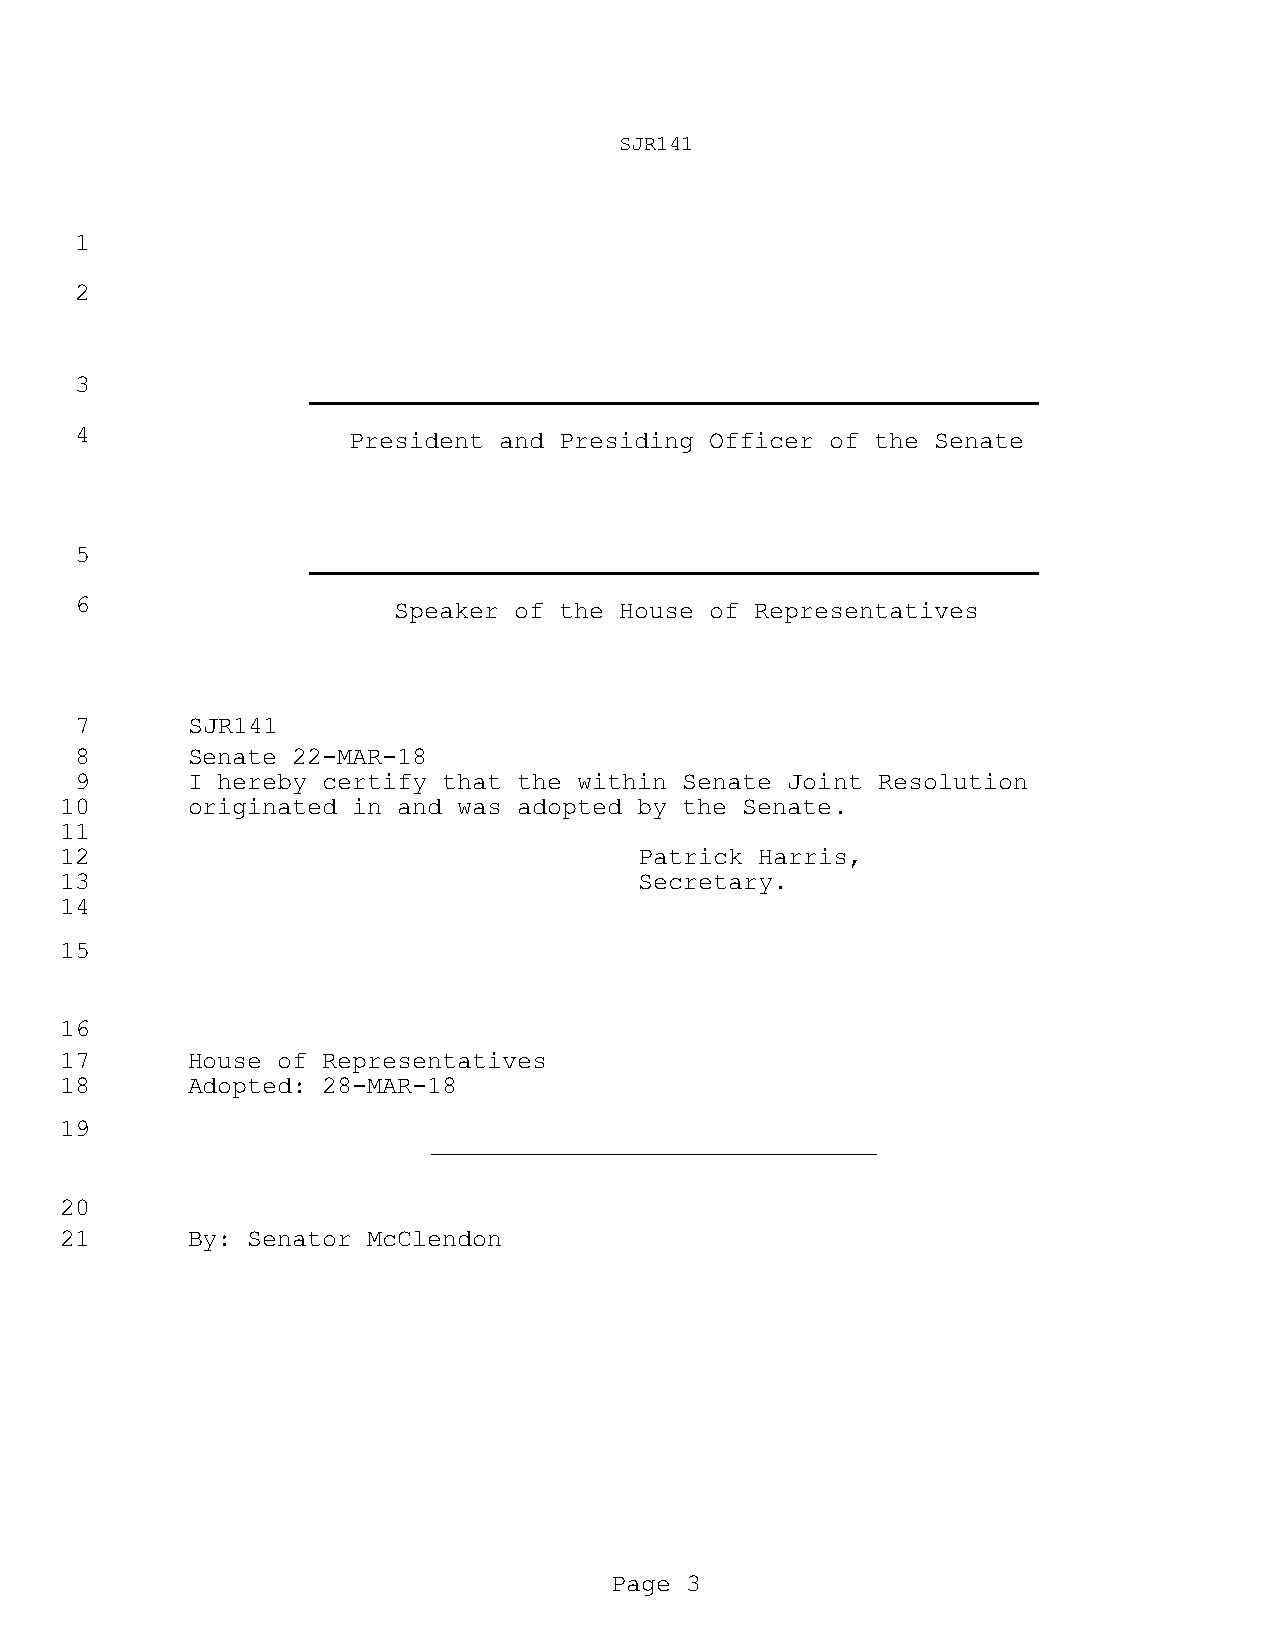
SJR141
 1
 2
 3
 4                 President and Presiding Officer of the Senate
 5
 6                    Speaker of the House of Representatives
 7      SJR141
 8      Senate 22-MAR-18
 9      I hereby certify that the within Senate Joint Resolution
 10      originated in and was adopted by the Senate.
 11
 12                                    Patrick Harris,
 13                                    Secretary.
 14
 15
 16
 17      House of Representatives
 18      Adopted: 28-MAR-18
 19
 20
 21      By: Senator McClendon
 Page 3